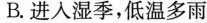
B.进入湿季，低温多雨